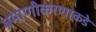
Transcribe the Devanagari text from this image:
प्रमाणीकरणाकडे